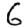
Digit: 6